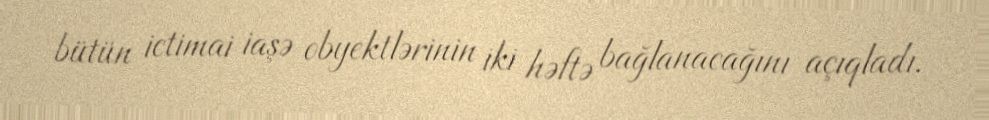
bütün ictimai iaşə obyektlərinin iki həftə bağlanacağını açıqladı.